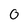
Character: 0